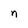
Character: n